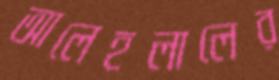
আলেহলালের